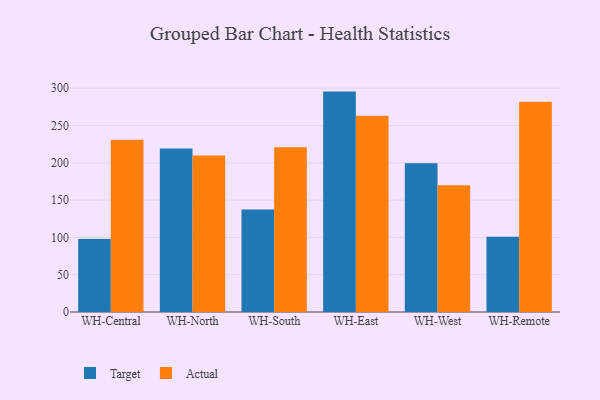
{"axis": {"x": "Warehouse", "y": "Conversion Rate (%)"}, "legend": ["Actual", "Target"], "data": [{"x": "WH-Central", "y": 97.8, "type": "Target"}, {"x": "WH-Central", "y": 231.1, "type": "Actual"}, {"x": "WH-North", "y": 219.3, "type": "Target"}, {"x": "WH-North", "y": 209.8, "type": "Actual"}, {"x": "WH-South", "y": 137.4, "type": "Target"}, {"x": "WH-South", "y": 220.9, "type": "Actual"}, {"x": "WH-East", "y": 295.5, "type": "Target"}, {"x": "WH-East", "y": 263.0, "type": "Actual"}, {"x": "WH-West", "y": 199.6, "type": "Target"}, {"x": "WH-West", "y": 169.9, "type": "Actual"}, {"x": "WH-Remote", "y": 100.8, "type": "Target"}, {"x": "WH-Remote", "y": 281.8, "type": "Actual"}]}